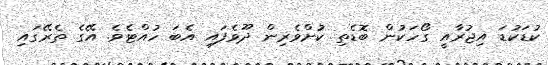
ކުޑަކުޑަ އިޖުރާއީ ގޯހަކުން ބޮޑެތި ކުށްވެރިން ދޫވެފައި އެބަ ހުއްޓެވެ. އޭގެ ތެރޭގައި